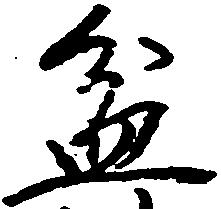
盆